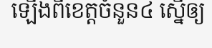
ឡើងពីខេត្តចំនួន៤ ស្នើឲ្យ